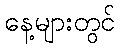
နေ့များတွင်